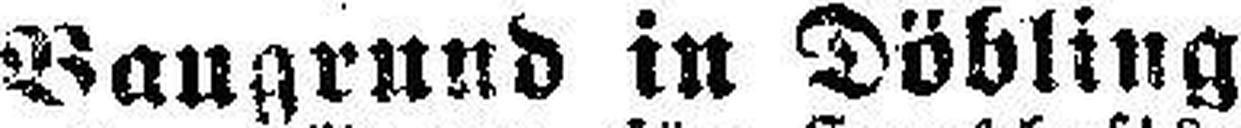
Baugrund in Döbling